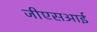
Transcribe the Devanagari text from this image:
जीएसआई